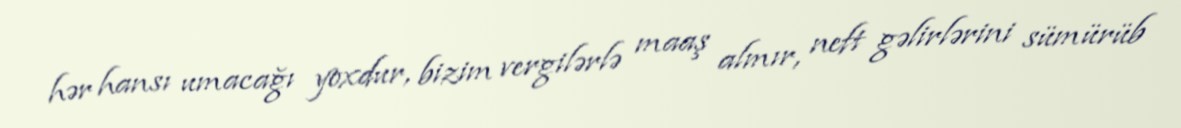
hər hansı umacağı yoxdur, bizim vergilərlə maaş almır, neft gəlirlərini sümürüb